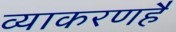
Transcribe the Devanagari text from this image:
व्याकरणहै